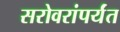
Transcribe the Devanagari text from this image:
सरोवरांपर्यंत